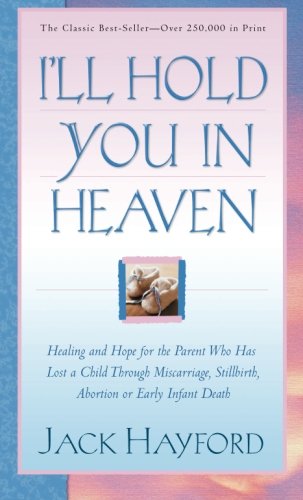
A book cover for I'll Hold You in Heaven; Jack Hayford; Self-Help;